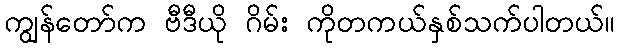
ကျွန်တော်က ဗီဒီယို ဂိမ်း ကိုတကယ်နှစ်သက်ပါတယ်။